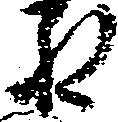
ね